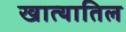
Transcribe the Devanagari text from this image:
खात्यातिल